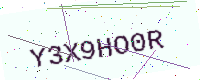
Text: Y3X9HO0R